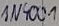
Text: IN4001